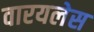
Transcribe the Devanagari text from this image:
वारयलेस